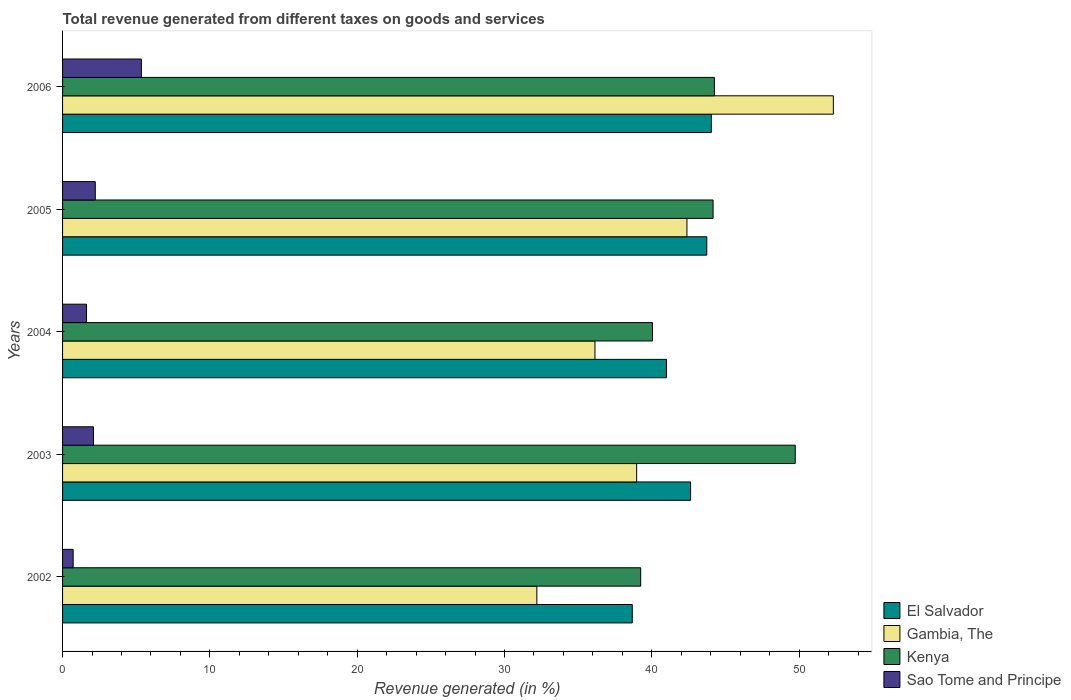
| Years | El Salvador | Gambia, The | Kenya | Sao Tome and Principe |
 | --- | --- | --- | --- | --- |
 | 2002 | 38.7 | 32.2 | 39.2 | 0.719 |
 | 2003 | 42.6 | 39 | 49.7 | 2.1 |
 | 2004 | 41 | 36.1 | 40 | 1.63 |
 | 2005 | 43.7 | 42.4 | 44.2 | 2.22 |
 | 2006 | 44 | 52.3 | 44.2 | 5.35 |